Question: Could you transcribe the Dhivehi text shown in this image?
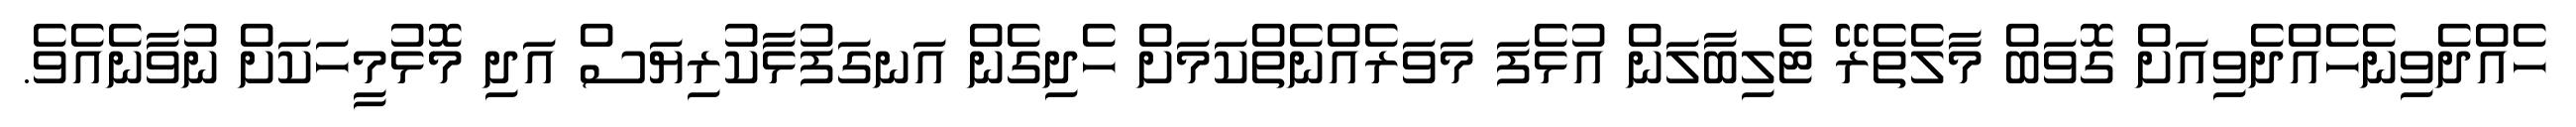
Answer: ހެއްދެވިނެހެއްދެވިއަށް ގޮވަބް މާލެތެރޭ ޓެލިބާލަން އުޅެފަ މަވަރެއްނެތްކަމަށް ހެދިގެން އަނގަފުޅާކުރިޔަސް އަދި މޮޅުމީހަކަށް ނުވާނެއެވެ.